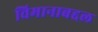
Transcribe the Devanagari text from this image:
विमानाबद्दल